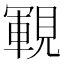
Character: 𧡡